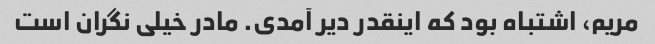
مریم، اشتباه بود که اینقدر دیر آمدی. مادر خیلی نگران است